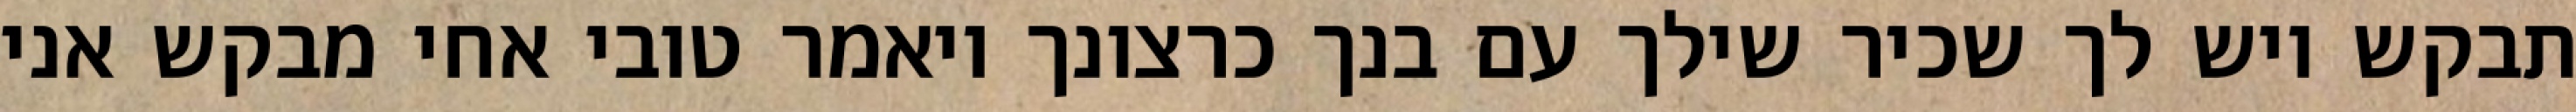
תבקש ויש לך שכיר שילך עם בנך כרצונך ויאמר טובי אחי מבקש אני